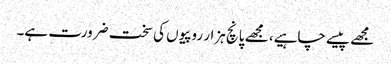
مجھے پیسے چاہیے، مجھے پانچ ہزار روپیوں کی سخت ضرورت ہے۔